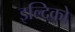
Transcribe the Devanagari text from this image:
इल्दिको